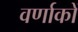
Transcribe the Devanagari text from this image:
वर्णाकों